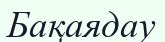
Бақаядау